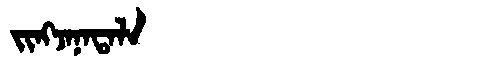
Manchu: ᠵᡳᠩᠵᠠᠨᠠᡨᠠᠯᠠ
Romanization: JINGJANATALA